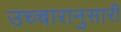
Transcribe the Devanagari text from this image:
उच्चारानुसारी